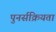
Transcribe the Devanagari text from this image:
पुनर्सक्रियता